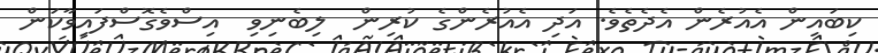
ކިބައިން އެއުރެން އެދެތެވެ. އަދި އެއުރެންގެ ކުރިން  ލިބެނިވި  އިސްވެގޮސްފައިވާކަން